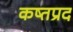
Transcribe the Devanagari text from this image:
कष्तप्रद